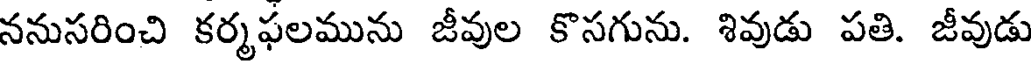
ననుసరించి కర్మఫలమును జీవుల కొసగును. శివుడు పతి. జీవుడు